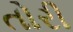
તોરી